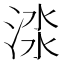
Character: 渁